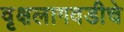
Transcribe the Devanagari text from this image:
वृक्षलागवडीचे